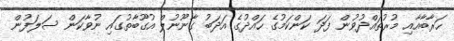
ޙަރާބާއާއި މުރުތައްދުވުން ފަދަ ކަންކަމުގެ ހައްދުގެ އަދަބު ގާނޫނުލް އުގޫބާތުގައި ނުވާކަން ސަލަފުން